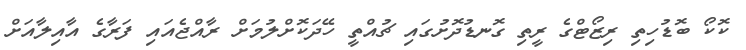
ކޮކޯ ބޮޑުހިތި ރިޒޯޓްގެ ރީތި ގޮނޑުދޮށުގައި ޗުއްތީ ހޭދަކޮށްލުމަށް ރާއްޖެއައި ފަރާގެ އާއިލާއަށް